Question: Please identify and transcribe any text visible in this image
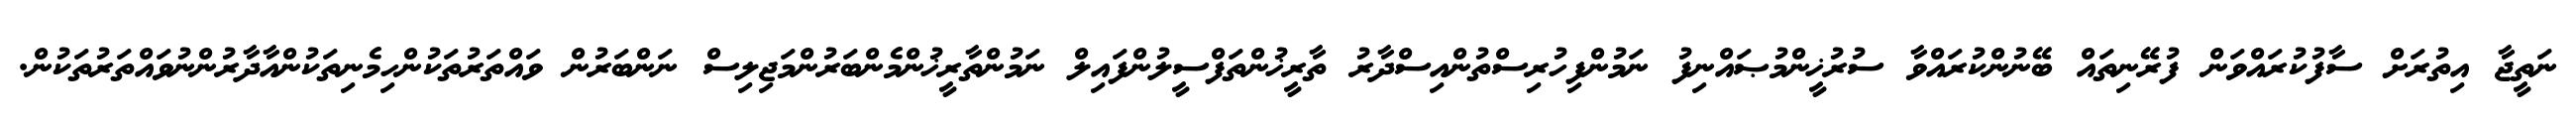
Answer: ނަތީޖާ އިތުރަށް ސާފުކުރައްވަން ފުރޭނިތައް ބޭނުންކުރައްވާ ސުރުޚީންމުޞައްނިފު ނަމުންފިހުރިސްތުންއިސްދާރު ތާރީޚުންތަފްސީލުންފައިލް ނަމުންތާރީޚުންމެންބަރުންމަޖިލިސް ނަންބަރުން ވައްތަރުތަކުންހިމެނިތަކުންއާދާރުންނުވައްތަރުތަކުން.